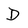
Character: D